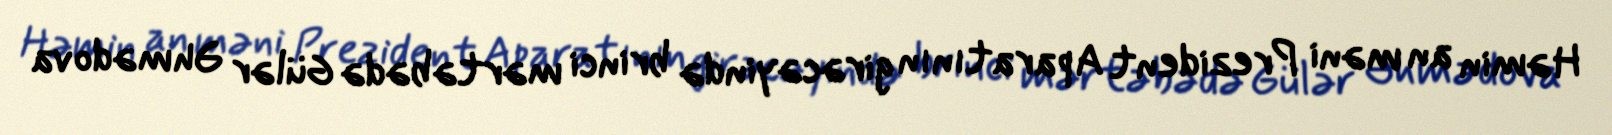
Həmin an məni Prezident Aparatının girəcəyində brinci mərtəbədə Gülər Əhmədova